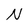
Character: N